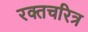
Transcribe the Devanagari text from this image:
रक्तचरित्र